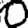
Digit: 0